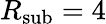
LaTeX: R_{\mathrm{sub}}=4